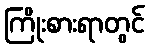
ကြိုးစားရာတွင်